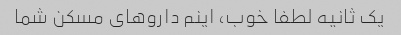
یک ثانیه لطفا خوب، اینم داروهای مسکن شما